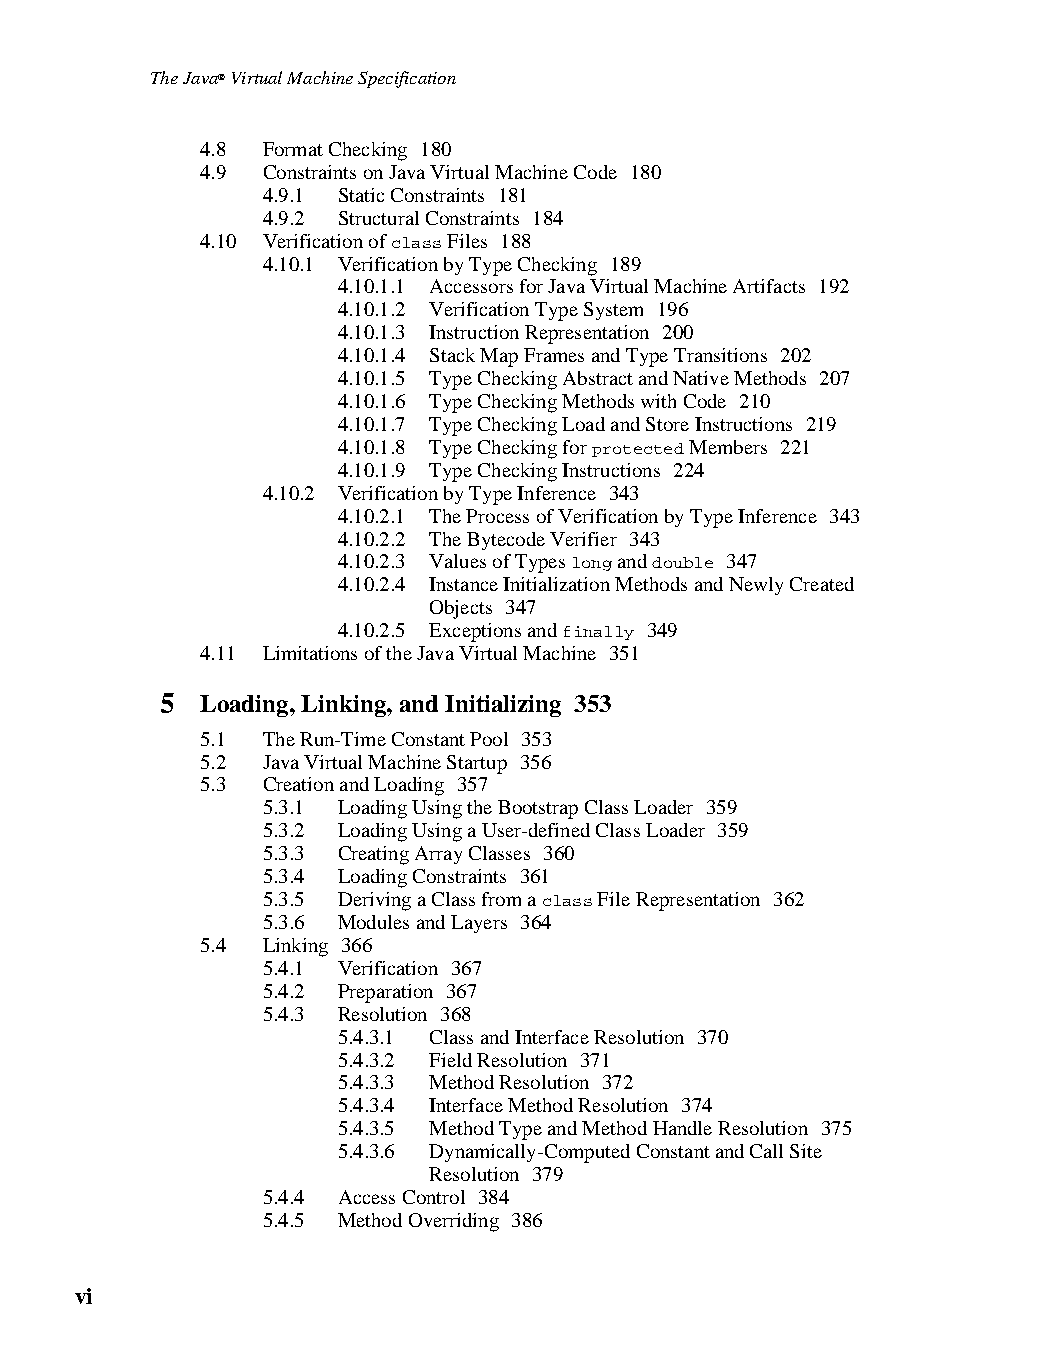
The Java® Virtual Machine Specification
 4.8 Format Checking 180
 4.9 Constraints on Java Virtual Machine Code 180
 4.9.1 Static Constraints 181
 4.9.2 Structural Constraints 184
 4.10 Verification of class Files 188
 4.10.1 Verification by Type Checking 189
 4.10.1.1 Accessors for Java Virtual Machine Artifacts 192
 4.10.1.2 Verification Type System 196
 4.10.1.3 Instruction Representation 200
 4.10.1.4 Stack Map Frames and Type Transitions 202
 4.10.1.5 Type Checking Abstract and Native Methods 207
 4.10.1.6 Type Checking Methods with Code 210
 4.10.1.7 Type Checking Load and Store Instructions 219
 4.10.1.8 Type Checking for protected Members 221
 4.10.1.9 Type Checking Instructions 224
 4.10.2 Verification by Type Inference 343
 4.10.2.1 The Process of Verification by Type Inference 343
 4.10.2.2 The Bytecode Verifier 343
 4.10.2.3 Values of Types long and double 347
 4.10.2.4 Instance Initialization Methods and Newly Created
 Objects 347
 4.10.2.5 Exceptions and finally 349
 4.11 Limitations of the Java Virtual Machine 351
 5 Loading, Linking, and Initializing 353
 5.1 The Run-Time Constant Pool 353
 5.2 Java Virtual Machine Startup 356
 5.3 Creation and Loading 357
 5.3.1 Loading Using the Bootstrap Class Loader 359
 5.3.2 Loading Using a User-defined Class Loader 359
 5.3.3 Creating Array Classes 360
 5.3.4 Loading Constraints 361
 5.3.5 Deriving a Class from a class File Representation 362
 5.3.6 Modules and Layers 364
 5.4 Linking 366
 5.4.1 Verification 367
 5.4.2 Preparation 367
 5.4.3 Resolution 368
 5.4.3.1 Class and Interface Resolution 370
 5.4.3.2 Field Resolution 371
 5.4.3.3 Method Resolution 372
 5.4.3.4 Interface Method Resolution 374
 5.4.3.5 Method Type and Method Handle Resolution 375
 5.4.3.6 Dynamically-Computed Constant and Call Site
 Resolution 379
 5.4.4 Access Control 384
 5.4.5 Method Overriding 386
 vi